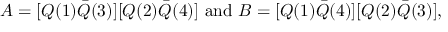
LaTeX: A = [ Q ( 1 ) \bar { Q } ( 3 ) ] [ Q ( 2 ) \bar { Q } ( 4 ) ] \ \mathrm { a n d } \ B = [ Q ( 1 ) \bar { Q } ( 4 ) ] [ Q ( 2 ) \bar { Q } ( 3 ) ] ,